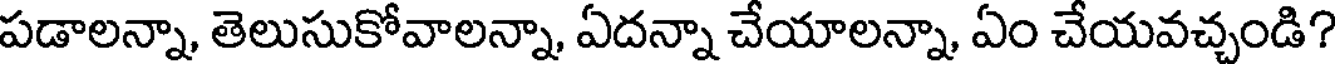
పడాలన్నా, తెలుసుకోవాలన్నా, ఏదన్నా చేయాలన్నా, ఏం చేయవచ్చండి?